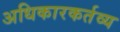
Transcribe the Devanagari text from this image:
अधिकारकर्तव्य